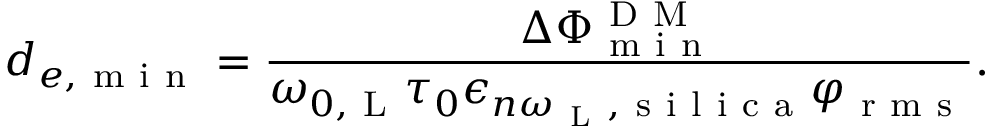
d _ { e , \mathrm { ~ m ~ i ~ n ~ } } = \frac { \Delta \Phi _ { \mathrm { ~ m ~ i ~ n ~ } } ^ { \mathrm { ~ D ~ M ~ } } } { \omega _ { 0 , \mathrm { ~ L ~ } } \tau _ { 0 } \epsilon _ { n \omega _ { \mathrm { ~ L ~ } } , \mathrm { ~ s ~ i ~ l ~ i ~ c ~ a ~ } } \varphi _ { \mathrm { ~ r ~ m ~ s ~ } } } .